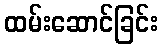
ထမ်းဆောင်ခြင်း